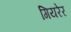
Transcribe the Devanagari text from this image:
गियरेर